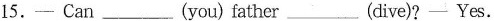
15.— Can ___ (you)father ___ (dive)? — Yes.